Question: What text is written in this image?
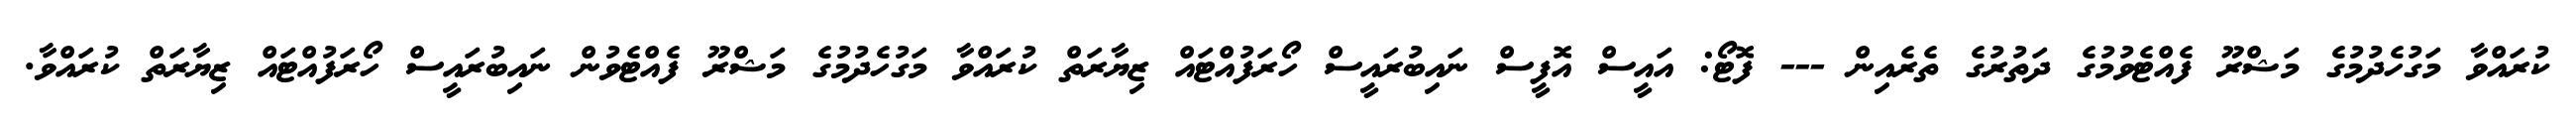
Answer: ކުރައްވާ މަގުހެދުމުގެ މަޝްރޫ ފެއްޓެވުމުގެ ދަތުރުގެ ތެރެއިން --- ފޮޓޯ: އައީސް އޮފީސް ނައިބުރައީސް ހޯރަފުއްޓައް ޒިޔާރަތް ކުރައްވާ މަގުހެދުމުގެ މަޝްރޫ ފެއްޓެވުން ނައިބުރައީސް ހޯރަފުއްޓައް ޒިޔާރަތް ކުރައްވާ.